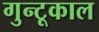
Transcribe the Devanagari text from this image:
गुन्टूकाल